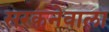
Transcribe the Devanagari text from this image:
सरकनेवाला